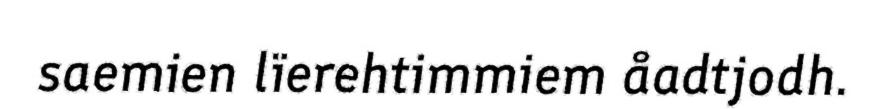
saemien lïerehtimmiem åadtjodh.